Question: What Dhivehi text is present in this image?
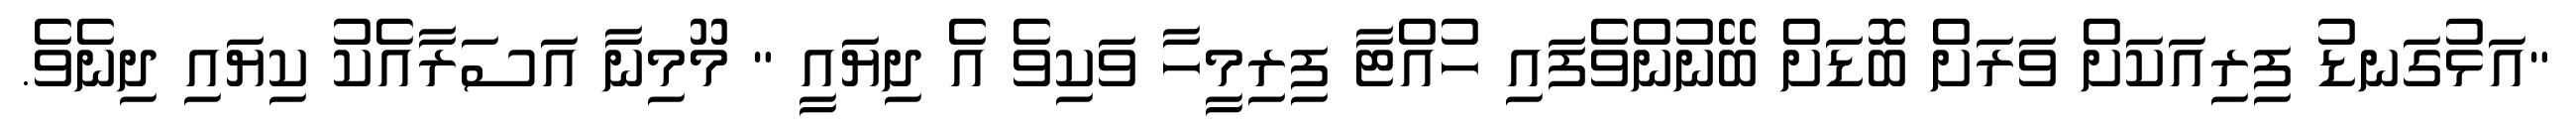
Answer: "އަޅުގަނޑު ފިރިއަކަށް ވަރަށް ބޮޑަށް ބޭނުންވެފައި ހުއްޓާ ފިރިމީހާ ވަކިވެ އެ ދިޔައީ " މޫމިނާ އަސަރާއެކު ކިޔައި ދިނެވެ.